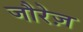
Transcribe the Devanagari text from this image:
जौरेज़